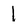
Character: 1